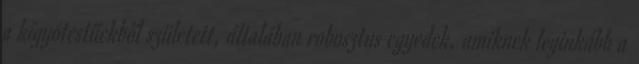
a kígyótestűekből született, általában robosztus egyedek, amiknek leginkább a